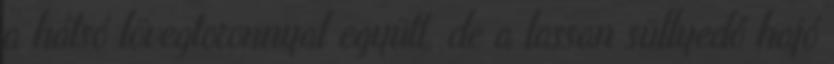
a hátsó lövegtoronnyal együtt, de a lassan süllyedő hajó